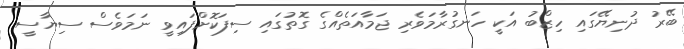
ބޭރު ދުނިޔޭގައި ހިޒްބު އަކީ ހަނގުރާމަވެރި ޖަމާއަތެއްގެ ގޮތުގައި ސިފަކޮށްފައިވީ ނަމަވެސް ސިޔާސީ